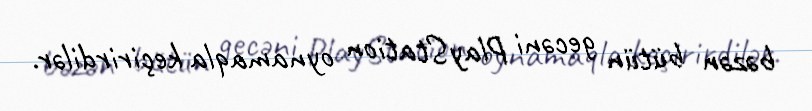
bəzən bütün gecəni PlayStation oynamaqla keçirirdilər.